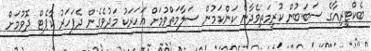
ބެކްޓީރިއާގެ ސަބަބުން ކުރިމަތިވެދާނެ ކަންކަމުން ސަލާމަތްވުމަށް އަހަރަކު މަދުވެގެން ދެފަހަރު ކާޕެޓް ދޮވުމަށް